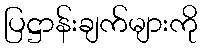
ပြဋ္ဌာန်းချက်များကို